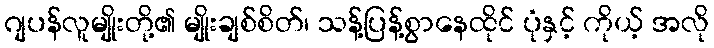
ဂျပန်လူမျိုးတို့၏ မျိုးချစ်စိတ်၊ သန့်ပြန့်စွာနေထိုင် ပုံနှင့် ကိုယ့် အလို